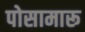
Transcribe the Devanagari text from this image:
पोसामारू